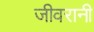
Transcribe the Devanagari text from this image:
जीवरानी